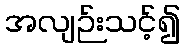
အလျဉ်းသင့်၍